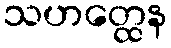
သဟတ္ထေန